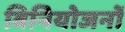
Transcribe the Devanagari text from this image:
विनियोजनों